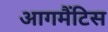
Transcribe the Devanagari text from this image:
आगमैंटिस